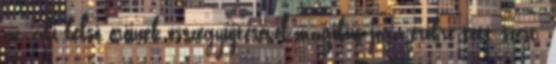
az, aki belső erőinek összegyűjtésével mágikus jóga-erőkre tett szert.